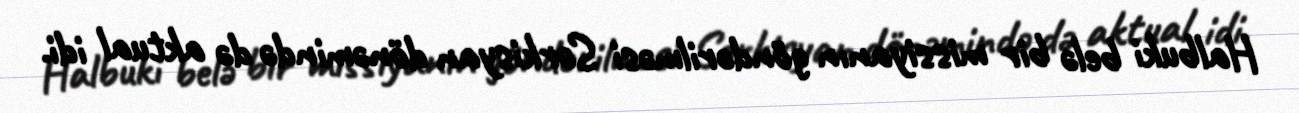
Halbuki belə bir missiyanın göndərilməsi Sərkisyan dönəmində də aktual idi.